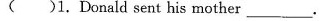
( )1.Donald sent his mother______.